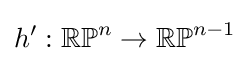
h':\mathbb {RP} ^{n}\to \mathbb {RP} ^{n-1}